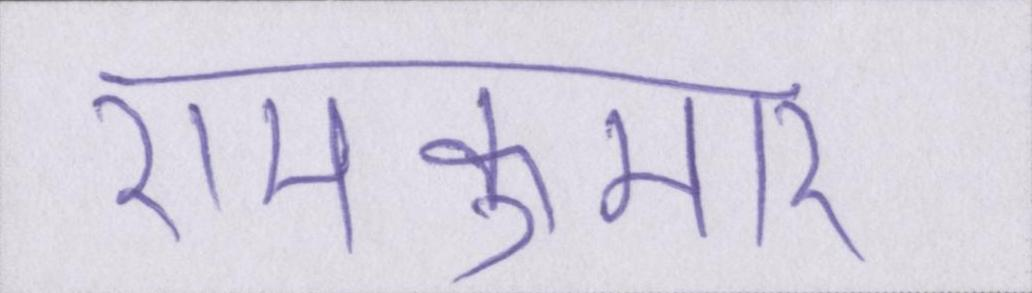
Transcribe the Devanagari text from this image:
रामकुमार